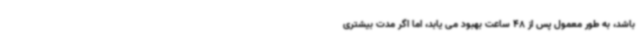
باشد، به طور معمول پس از 48 ساعت بهبود می یابد، اما اگر مدت بیشتری